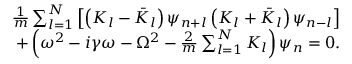
\begin{array} { r l r } & { } & { \frac { 1 } { m } \sum _ { l = 1 } ^ { N } \left[ \left( K _ { l } - \bar { K } _ { l } \right) \psi _ { n + l } \left( K _ { l } + \bar { K } _ { l } \right) \psi _ { n - l } \right] } \\ & { } & { + \left( \omega ^ { 2 } - i \gamma \omega - \Omega ^ { 2 } - \frac { 2 } { m } \sum _ { l = 1 } ^ { N } K _ { l } \right) \psi _ { n } = 0 . } \end{array}